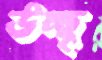
উচ্ছৃ